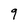
Character: 9